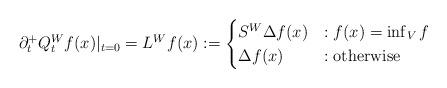
LaTeX: \begin{align*}\partial_t^+ Q_t^W f(x)|_{t=0} = L^W f(x) :=\begin{cases} S^W \Delta f(x)&: f(x)= \inf_V f \\ \Delta f(x) &: \mbox{otherwise} \end{cases}\end{align*}